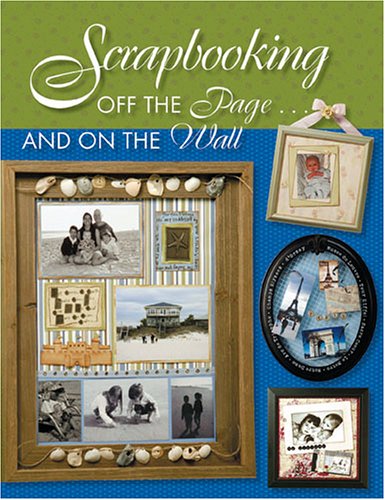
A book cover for Scrapbooking: Off the Page... And on the Wall; Crafts, Hobbies & Home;